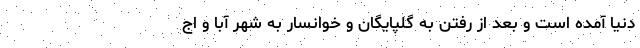
دنیا آمده است و بعد از رفتن به گلپایگان و خوانسار به شهر آبا و اج